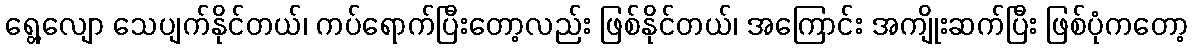
ရွေ့လျော သေပျက်နိုင်တယ်၊ ကပ်ရောက်ပြီးတော့လည်း ဖြစ်နိုင်တယ်၊ အကြောင်း အကျိုးဆက်ပြီး ဖြစ်ပုံကတော့